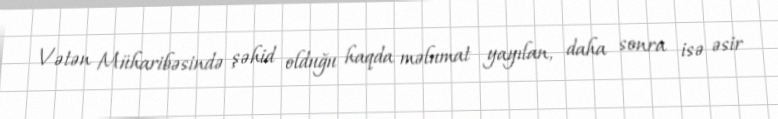
Vətən Müharibəsində şəhid olduğu haqda məlumat yayılan, daha sonra isə əsir